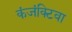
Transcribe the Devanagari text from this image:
कंजंक्टिवा